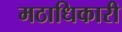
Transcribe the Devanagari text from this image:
मठाधिकारी